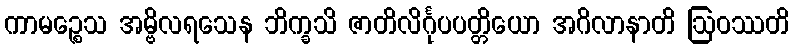
ကာမဉ္စေသ အမ္ဗိလရသေန ဘိက္ခသိ ဇာတိလိင်္ဂုပပတ္တိယော အဂိလာနာတိ ဩဝဿတိ